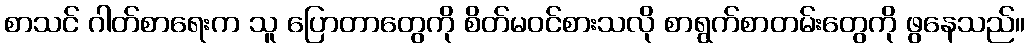
စာသင် ဂါတ်စာရေးက သူ ပြောတာတွေကို စိတ်မဝင်စားသလို စာရွက်စာတမ်းတွေကို ဖွနေသည်။